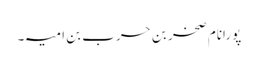
پورانام صخر بن حرب بن امیہ۔